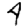
Digit: 4